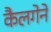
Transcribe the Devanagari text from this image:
कैलगेने